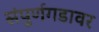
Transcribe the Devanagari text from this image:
संपुर्णगडावर